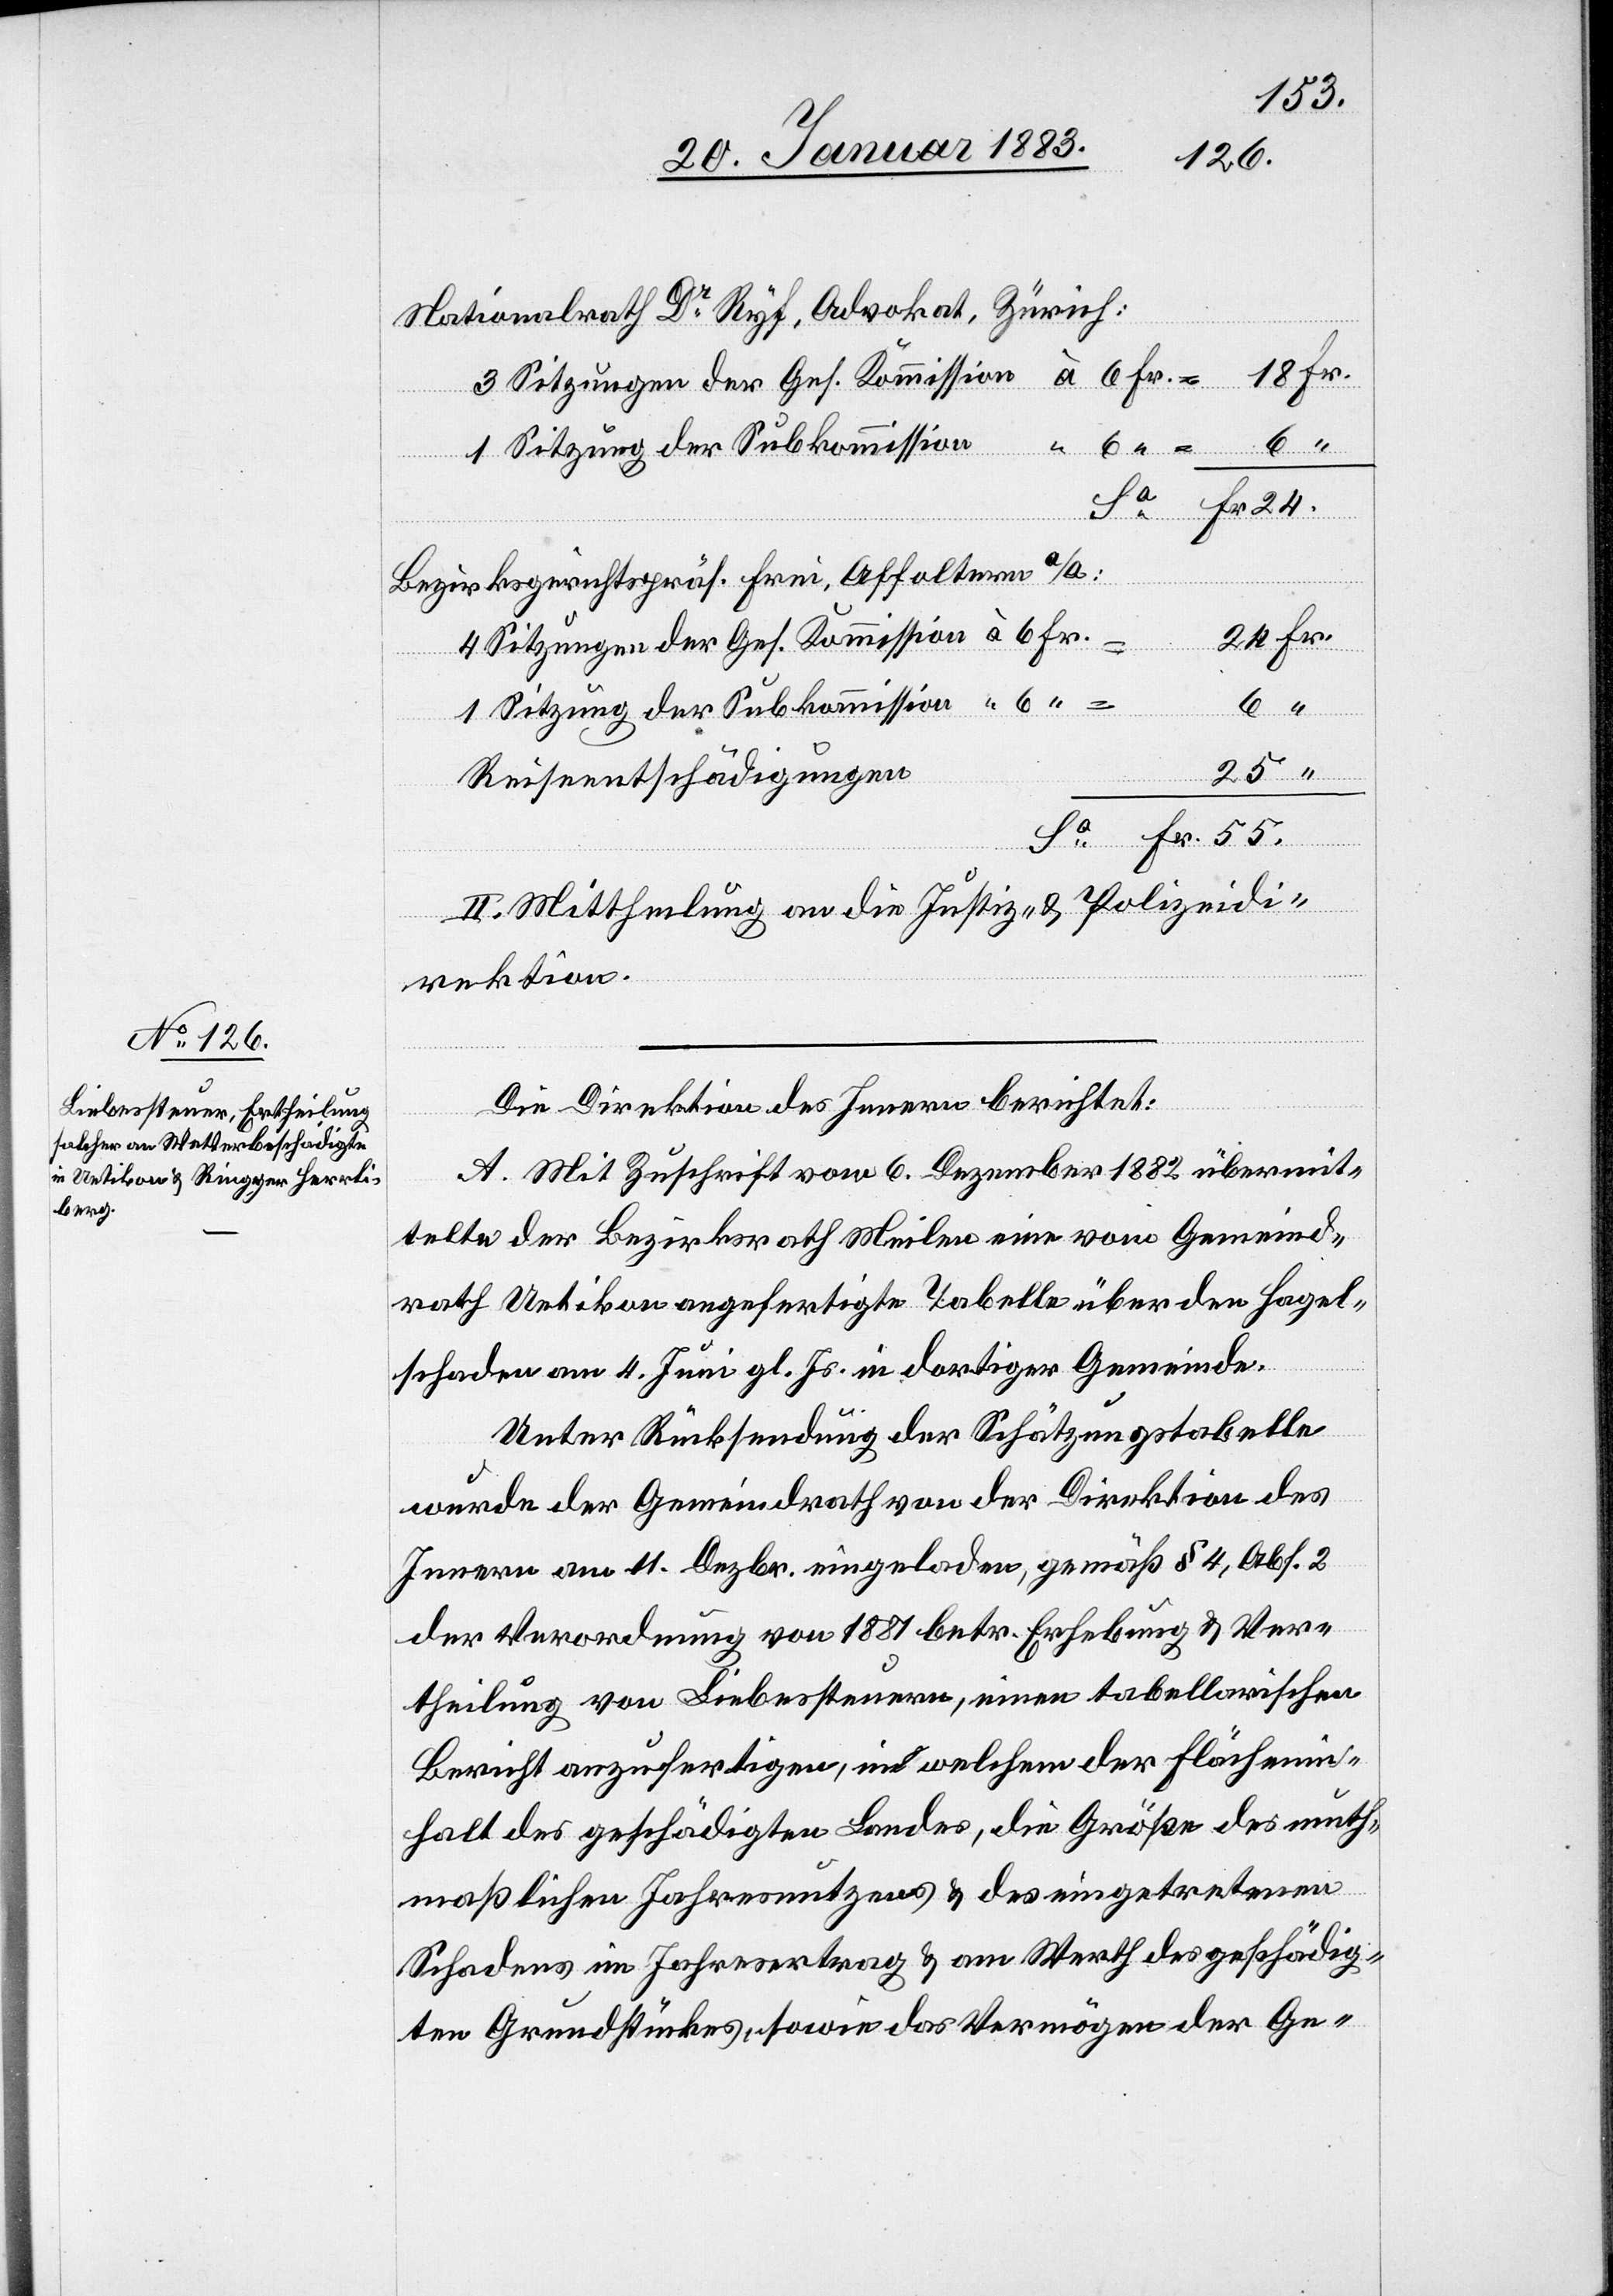
Nationalrath Dr Ryf, Advokat, Zürich:
1 Sitzung der Subkommission
Bezirksgerichtspräs. Frei, Affoltern a/A:
Sa Fr.
4 Sitzungen der Ges. Kommission à 6 Fr.
Reiseentschädigungen
II. Mittheilung an die Justiz- & Polizeidi¬
rektion.
Die Direktion des Innern berichtet:
A. Mit Zuschrift vom 6. Dezember 1882 übermit¬
telte der Bezirksrath Meilen eine vom Gemeind¬
rath Uetikon angefertigte Tabelle über den Hagel¬
schaden am 4. Juni gl. Js. in dortiger Gemeinde.
Unter Rücksendung der Schätzungstabelle
wurde der Gemeindrath von der Direktion des
Innern am 11. Dezbr. eingeladen, gemäß § 4, Abs. 2
der Verordnung von 1881 betr. Erhebung & Ver¬
theilung von Liebessteuern, einen tabellarischen
Bericht anzufertigen, in welchem der Flächenin¬
halt des geschädigten Landes, die Größe des muth¬
maßlichen Jahresnutzens & des eingetretenen
Schadens im Jahresertrag & am Werth des geschädig¬
ten Grundstückes, sowie das Vermögen der Ge-